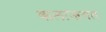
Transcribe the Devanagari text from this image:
कलाजगत